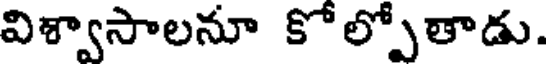
విశ్వాసాలనూ కోల్పోతాడు.